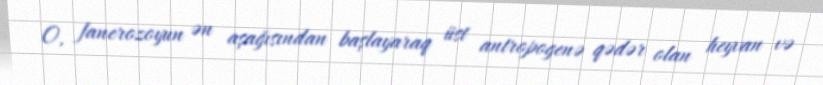
O, fanerozoyun ən aşağısından başlayaraq üst antropogenə qədər olan heyvan və